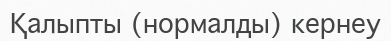
Қалыпты (нормалды) кернеу